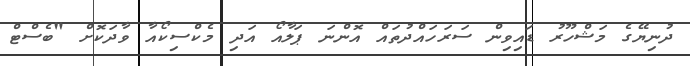
ދުނިޔޭގެ މަޝްހޫރު ޑައިވިން ސަރަހައްދުތައް އޮންނަ ޕަލާއޯ އަދި މެކްސިކޯއާ ވާދަކޮށް "ބެސްޓް